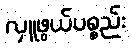
လှူဖွယ်ပစ္စည်း